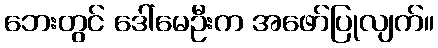
ဘေးတွင် ဒေါ်မေဦးက အဖော်ပြုလျက်။